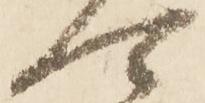
可